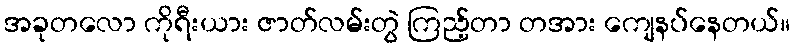
အခုတလော ကိုရီးယား ဇာတ်လမ်းတွဲ ကြည့်တာ တအား ကျေနပ်နေတယ်။